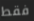
فقط